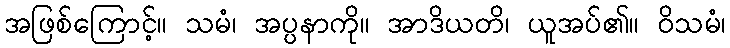
အဖြစ်ကြောင့်။ သမံ၊ အပ္ပနာကို။ အာဒိယတိ၊ ယူအပ်၏။ ဝိသမံ၊